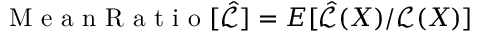
\mathrm { ~ M ~ e ~ a ~ n ~ R ~ a ~ t ~ i ~ o ~ } [ \hat { \mathcal { L } } ] = E [ \hat { \mathcal { L } } ( X ) / \mathcal { L } ( X ) ]